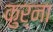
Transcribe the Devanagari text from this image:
कुर्ना